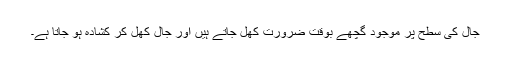
جال کی سطح پر موجود گچھے بوقت ضرورت کھل جاتے ہیں اور جال کھل کر کشادہ ہو جاتا ہے۔